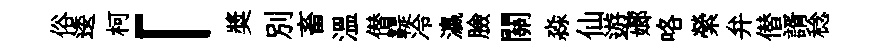
俗逶柯「奬別畜溫僣鞮冷瀛臉關淼仙遊嫏咯縈弁僣諝稔